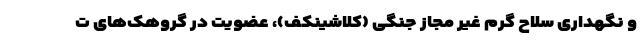
و نگهداری سلاح گرم غیر مجاز جنگی (کلاشینکف)، عضویت در گروهک‌های ت